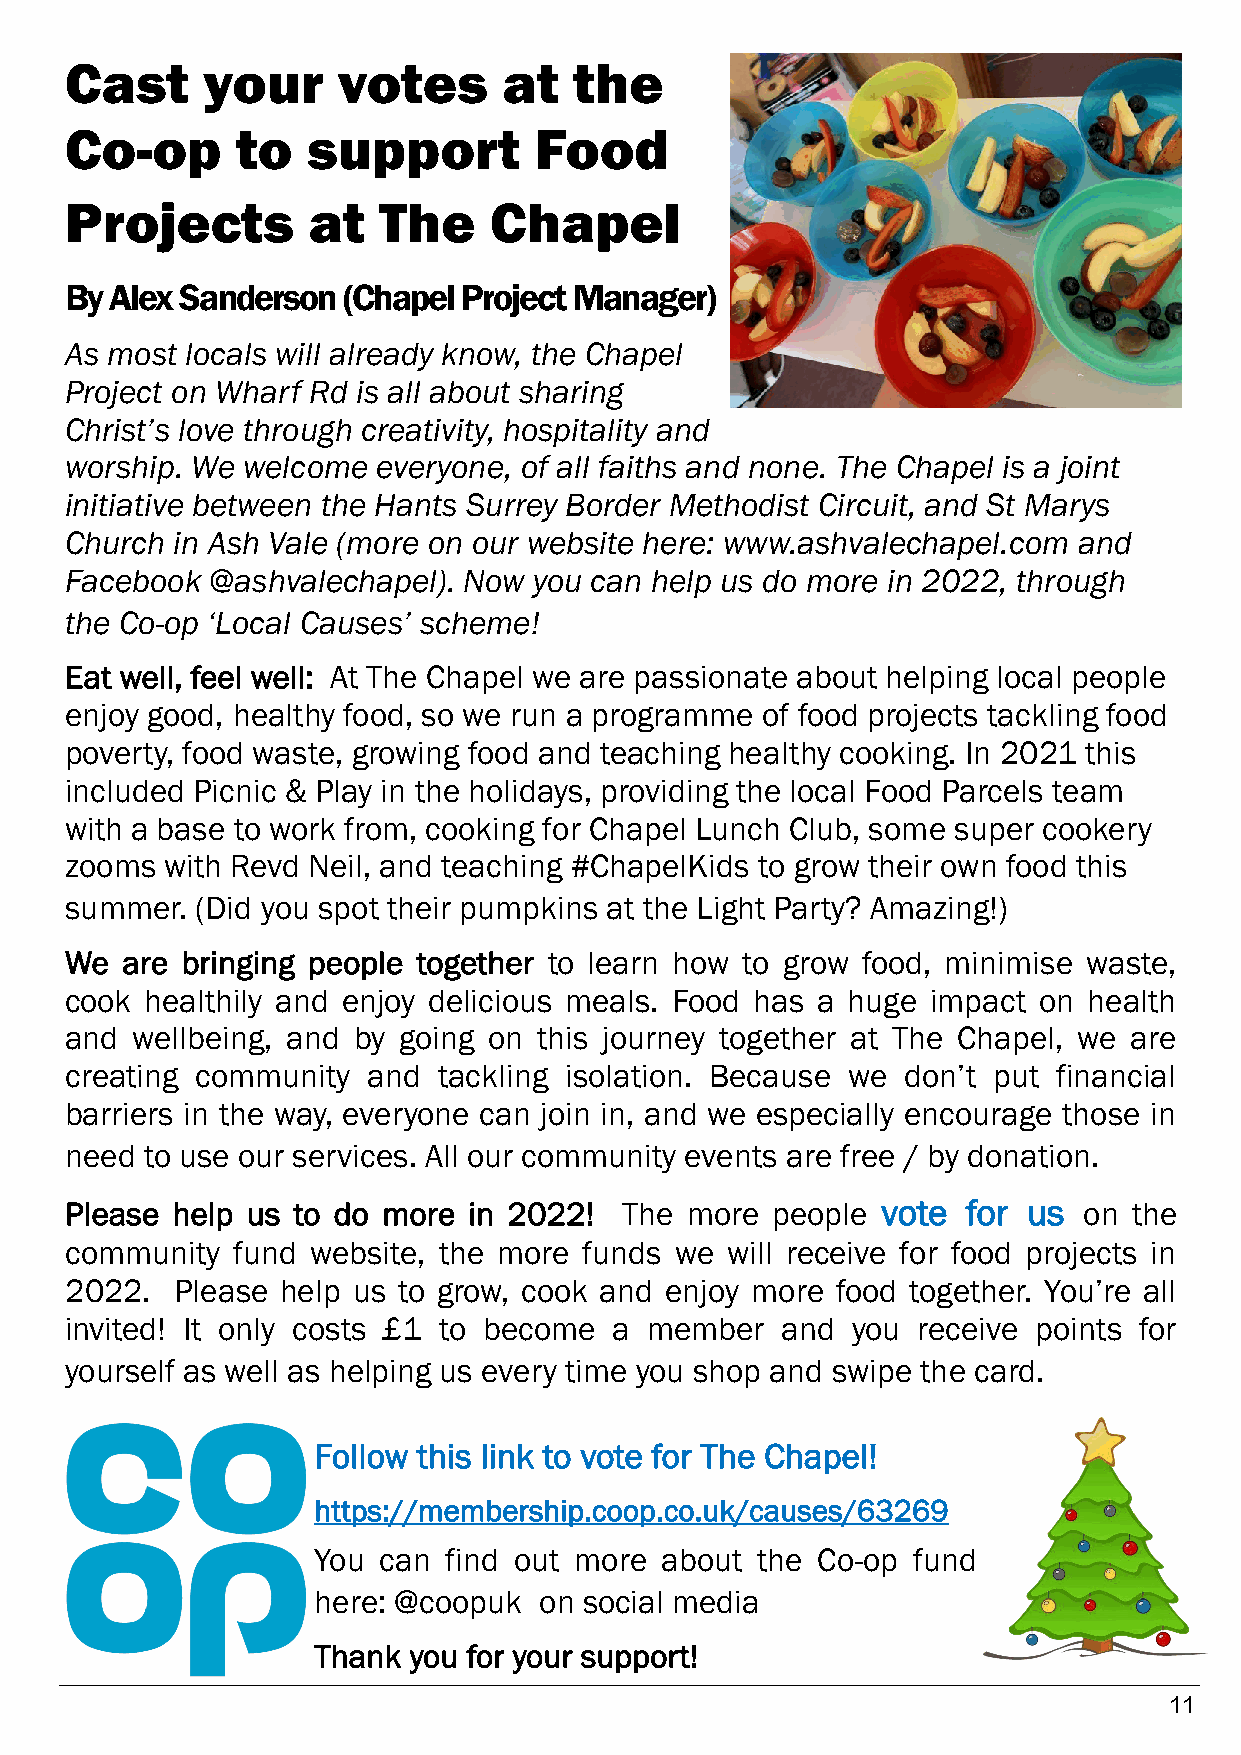
Cast     your     votes      at   the
 Co-op       to  support        Food
 Projects        at   The    Chapel
 By Alex Sanderson  (Chapel Project Manager)
 As most locals will already know, the Chapel
 Project on Wharf Rd is all about sharing
 Christ’s love through creativity, hospitality and
 worship. We welcome  everyone, of all faiths and none. The Chapel is a joint
 initiative between the Hants Surrey Border Methodist Circuit, and St Marys
 Church in Ash Vale (more on our website here: www.ashvalechapel.com and
 Facebook  @ashvalechapel). Now you can help us do more in 2022, through
 the Co-op ‘Local Causes’ scheme!
 Eat well, feel well: At The Chapel we are passionate about helping local people
 enjoy good, healthy food, so we run a programme of food projects tackling food
 poverty, food waste, growing food and teaching healthy cooking. In 2021 this
 included Picnic & Play in the holidays, providing the local Food Parcels team
 with a base to work from, cooking for Chapel Lunch Club, some super cookery
 zooms  with Revd Neil, and teaching #ChapelKids to grow their own food this
 summer.  (Did you spot their pumpkins at the Light Party? Amazing!)
 We  are bringing people together to learn how to grow food, minimise waste,
 cook  healthily and enjoy delicious meals. Food has a huge impact on health
 and  wellbeing, and by going on this journey together at The Chapel, we are
 creating community  and  tackling isolation. Because we don’t put financial
 barriers in the way, everyone can join in, and we especially encourage those in
 need  to use our services. All our community events are free / by donation.
 Please help us to do more  in 2022!  The more  people vote  for us  on the
 community  fund  website, the more funds we will receive for food projects in
 2022.   Please help us to grow, cook and enjoy more food together. You’re all
 invited! It only costs £1 to become  a member   and you  receive points for
 yourself as well as helping us every time you shop and swipe the card.
 Follow this link to vote for The Chapel!
 https://membership.coop.co.uk/causes/63269
 You can find out more  about the Co-op fund
 here: @coopuk  on social media
 Thank you for your support!
 11